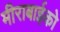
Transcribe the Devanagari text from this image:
मीराबाईको